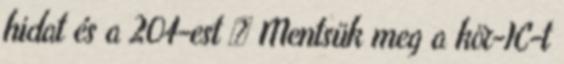
hidat és a 204-est » Mentsük meg a kör-IC-t